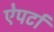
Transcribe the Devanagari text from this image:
ऐपर्टा